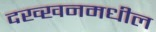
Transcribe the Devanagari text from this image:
दख्खनमधील